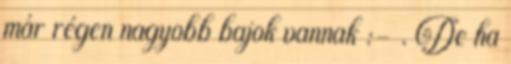
már régen nagyobb bajok vannak :- . De ha